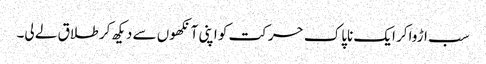
سب اڑواکر ایک ناپاک حرکت کو اپنی آنکھوں سے دیکھ کر طلاق لے لی۔